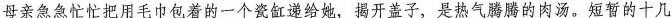
母亲急急忙忙把用毛巾包着的一个瓷缸递给她，揭开盖子，是热气腾腾的肉汤。短暂的十几